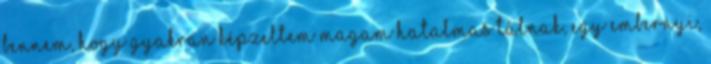
bennem, hogy gyakran képzeltem magam hatalmas tálnak, egy embernyi,